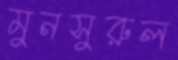
মুনসুরুল